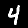
Label: 4